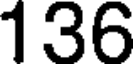
136